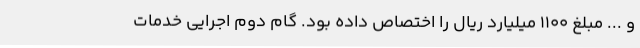
و ... مبلغ 1100 میلیارد ریال را اختصاص داده بود. گام دوم اجرایی خدمات